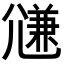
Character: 𡰉